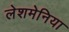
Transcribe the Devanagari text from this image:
लेशमेनिया